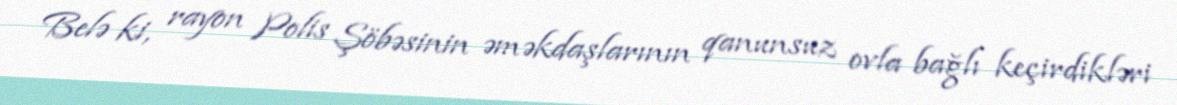
Belə ki, rayon Polis Şöbəsinin əməkdaşlarının qanunsuz ovla bağlı keçirdikləri